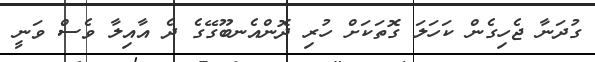
ގުދަނާ ޖެހިގެން ކަހަލަ ގޮތަކަށް ހުރި ދޮންއެނބޫގޭގެ ދެ އާއިލާ ވެސް ވަނީ